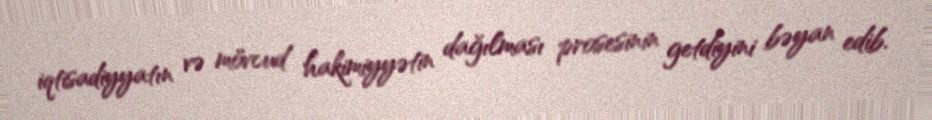
iqtisadiyyatın və mövcud hakimiyyətin dağılması prosesinin getdiyini bəyan edib.